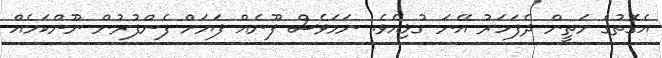
އެގޮތުގެ މަތީން ދެފަހަރު އޭނަ ގުޅިއެވެ. ނަމަވެސް ފޫނެއް ފަޔަށް ފެންފުރުން ނޫންކަމެއް